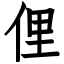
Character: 俚